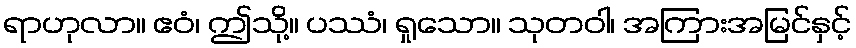
ရာဟုလာ။ ဧဝံ၊ ဤသို့။ ပဿံ၊ ရှုသော။ သုတဝါ၊ အကြားအမြင်နှင့်